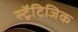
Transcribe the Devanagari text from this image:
स्ट्रॅटिजिक